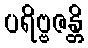
ပရိဗ္ဗဇန္တိ